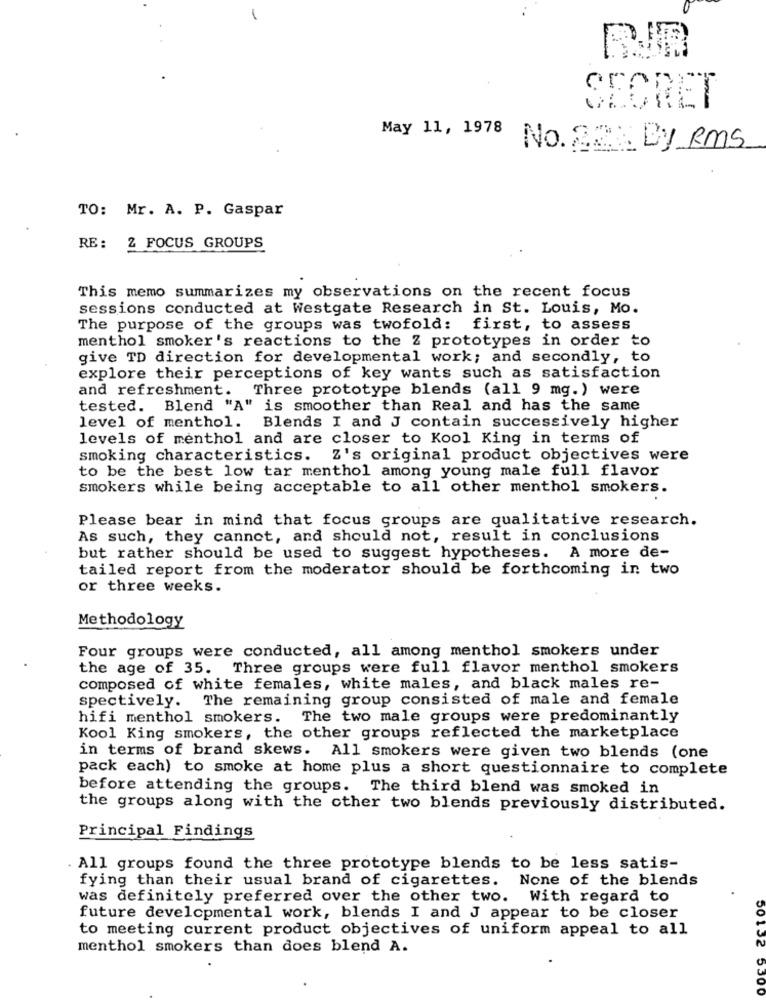
SECRET
May 11, 1978
No. 22: By Rms
TO: Mr. A. P. Gaspar
RE :
2 FOCUS GROUPS
This memo summarizes my observations on the recent focus
sessions conducted at Westgate Research in St. Louis, Mo.
The purpose of the groups was twofold: first, to assess
menthol smoker's reactions to the Z prototypes in order to
give TD direction for developmental work; and secondly, to
explore their perceptions of key wants such as satisfaction
and refreshment. Three prototype blends (all 9 mg.) were
tested. Blend "A" is smoother than Real and has the same
level of menthol.
Blends I and J contain successively higher
levels of menthol and are closer to Kool King in terms of
smoking characteristics. Z's original product objectives were
to be the best low tar menthol among young male full flavor
smokers while being acceptable to all other menthol smokers.
Please bear in mind that focus groups are qualitative research.
As such, they cannot, and should not, result in conclusions
but rather should be used to suggest hypotheses. A more de-
tailed report from the moderator should be forthcoming in two
or three weeks.
Methodology
Four groups were conducted, all among menthol smokers under
the age of 35. Three groups were full flavor menthol smokers
composed of white females, white males, and black males re-
spectively. The remaining group consisted of male and female
hifi menthol smokers. The two male groups were predominantly
Kool King smokers, the other groups reflected the marketplace
in terms of brand skews. All smokers were given two blends (one
pack each) to smoke at home plus a short questionnaire to complete
before attending the groups. The third blend was smoked in
the groups along with the other two blends previously distributed.
Principal Findings
All groups found the three prototype blends to be less satis-
fying than their usual brand of cigarettes. None of the blends
was definitely preferred over the other two. With regard to
future developmental work, blends I and J appear to be closer
to meeting current product objectives of uniform appeal to all
menthol smokers than does blend A.
50132
5500